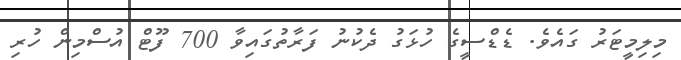
މިލިމީޓަރު ގައެވެ. ޑެޑްސީގެ ހުޅަގު ދެކުނު ފަރާތުގައިވާ 700 ފޫޓް އުސްމިން ހުރި